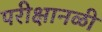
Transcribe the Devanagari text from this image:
परीक्षानळी